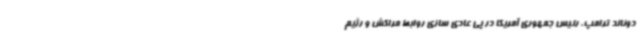
دونالد ترامپ، رئیس جمهوری آمریکا در پی عادی سازی روابط مراکش و رژیم